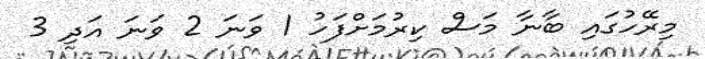
މިރޭހުގައި ބާނާ މަސް ކިރުމަށްފަހު 1 ވަނަ 2 ވަނަ އަދި 3